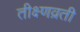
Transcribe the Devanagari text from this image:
तीक्ष्णव्रती